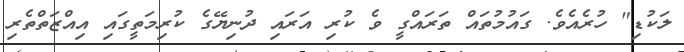
ލަކުޑި" ހުރެއެވެ. ގައުމުތައް ތަރައްގީ ވެ ކުރި އަރައި ދުނިޔޭގެ ކުރިމަތީގައި އިއްޒަތްތެރި